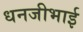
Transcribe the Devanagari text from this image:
धनजीभाई